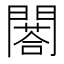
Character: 𨶀